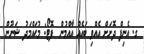
ގ. އެނިފް ދޮށަށް އެއްވި ބައެއް އާއްމުން  ފޮޓޯ: މުޙައްމަދު ޝަނޫން